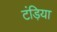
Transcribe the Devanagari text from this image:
टंड़िया